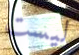
ليست